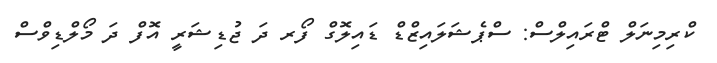
ކްރިމިނަލް ޓްރައިލްސް: ސްޕެޝަލައިޒްޑް ޑައިލޮގް ފޯރ ދަ ޖުޑިޝަރީ އޮފް ދަ މޯލްޑިވްސް